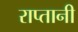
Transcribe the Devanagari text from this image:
राप्तानी